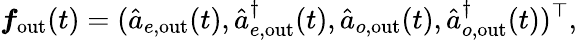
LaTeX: \boldsymbol{f}_{\mathrm{out}}(t)=(\hat{a}_{e,\mathrm{out}}(t),\hat{a}_{e,\mathrm{out}}^{\dagger}(t),\hat{a}_{o,\mathrm{out}}(t),\hat{a}_{o,\mathrm{out}}^{\dagger}(t))^{\top},